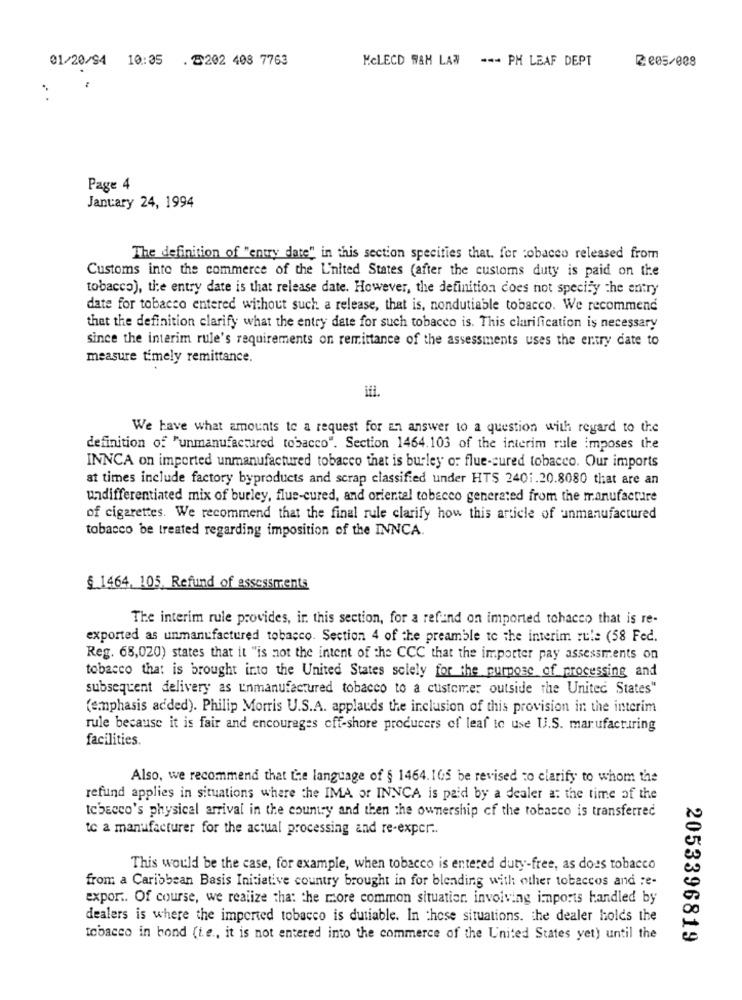
01/20/94 10:35 . 8202 408 7763
MCLECD WAM LAW --- PH LEAF DEPT
2 005/008
..
Page 4
January 24, 1994
The definition of "entry date" in this section specifies that. for tobacco released from
Customs into the commerce of the L'nited States (after the customs duty is paid on the
tobacco), the entry date is that release date. However, the definition does not specify the entry
date for tobacco entered without such a release, that is, nondutiable tobacco. We recommend
that the definition clarify what the entry date for such tobacco is. This clarification is necessary
since the interim rule's requirements on remittance of the assessments uses the entry date to
measure timely remittance.
ifi.
We have what amounts to a request for an answer to a question with regard to the
definition of "unmanufactured tobacco". Section 1464.103 of the interim rule imposes the
INNCA on imported unmanufactured tobacco that is burley o: flue-cured tobacco. Our imports
at times include factory byproducts and scrap classified under HTS 2401.20.8080 that are an
undifferentiated mix of burley, flue-cured, and oriental tobacco generated from the manufacture
of cigarettes. We recommend that the final rule clarify how this article of unmanufactured
tobacco be treated regarding imposition of the INNCA.
§.1464, 105. Refund of assessments
The interim rule provides, ir. this section, for a refund on imported tohacco that is re-
exported as unmanufactured tobacco. Section 4 of the preamble to the interim ru !: (58 Fed.
Reg. 68,020) states that it "is not the intent of the CCC that the importer pay assessments on
tobacco that is brought into the United States solely for the purpose of processing and
subsequent delivery as unmanufactured tobacco to a customer outside the United States"
(emphasis added). Philip Morris U.S.A. applauds the inclusion of this provision in the interim
rule because it is fair and encourages off-shore producers of leaf to use U.S. manufacturing
facilities.
Also, we recommend that the language of § 1464.165 be revised to clarify to whom the
refund applies in situations where the IMA or INNCA is paid by a dealer a: the time of the
tobacco's physical arrival in the country and then the ownership of the tobacco is transferred
to a manufacturer for the actual processing and re-exper ..
This would be the case, for example, when tobacco is entered duty-free, as does tobacco
from a Caribbean Basis Initiative country brought in for blending with other tobaccos and re-
export. Of course, we realize that the more common situation. involving imports handled by
dealers is where the imported tobacco is dutiable. In these situations. the dealer holds the
tobacco in hond (i.e ., it is not entered into the commerce of the United States yet) until the
2053396819